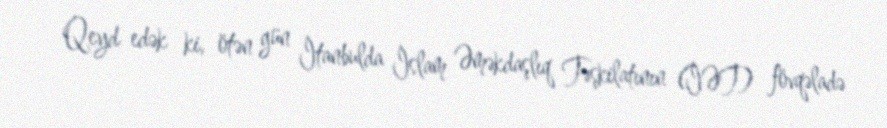
Qeyd edək ki, ötən gün İtanbulda İslam Əməkdaşlıq Təşkilatının (İƏT) fövqəladə